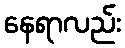
နေရာလည်း